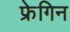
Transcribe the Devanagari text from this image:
फ्रेगिन